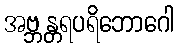
အဗ္ဘန္တရပရိဘောဂေါ